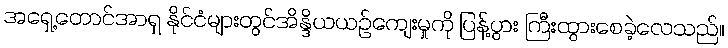
အရှေ့တောင်အာရှ နိုင်ငံများတွင်အိန္ဒိယယဉ်ကျေးမှုကို ပြန့်ပွား ကြီးထွားစေခဲ့လေသည်။